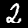
Digit: 2